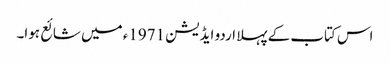
اس کتاب کے پہلا اردو ایڈیشن 1971ء میں شائع ہوا۔